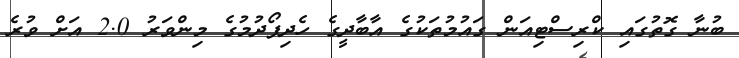
ބުނާ ގޮތުގައި ކްރިސްޓިއަން ގައުމުތަކުގެ އާބާދީގެ ހެދިފޯދުމުގެ މިންވަރު 2.0 އަށް ވުރެ